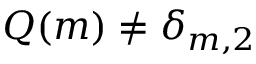
Q ( m ) \neq \delta _ { m , 2 }